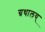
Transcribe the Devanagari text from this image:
ग्रथालय्